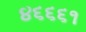
૪૬૬૬૧